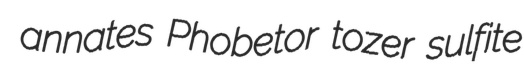
annates Phobetor tozer sulfite